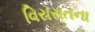
વિરાસતના